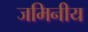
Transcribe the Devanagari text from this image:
जमिनीय